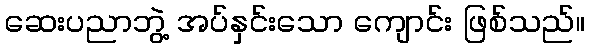
ဆေးပညာဘွဲ့ အပ်နှင်းသော ကျောင်း ဖြစ်သည်။